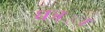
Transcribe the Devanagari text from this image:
घञ््‌ा